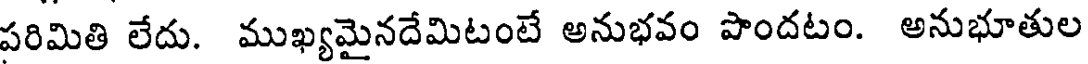
పరిమితి లేదు. ముఖ్యమైనదేమిటంటే అనుభవం పొందటం. అనుభూతుల